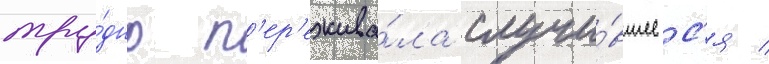
тру́дно п'ер'ежива́ла случи́вшеес'я /